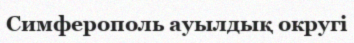
Симферополь ауылдық округі